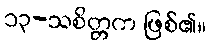
၁၃-သစိတ္တက ဖြစ်၏။